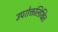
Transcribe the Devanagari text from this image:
उपरोक्तलिखित